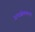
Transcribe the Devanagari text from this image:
अधश्चेतकाला